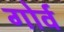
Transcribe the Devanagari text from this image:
गोर्व